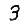
Digit: 3